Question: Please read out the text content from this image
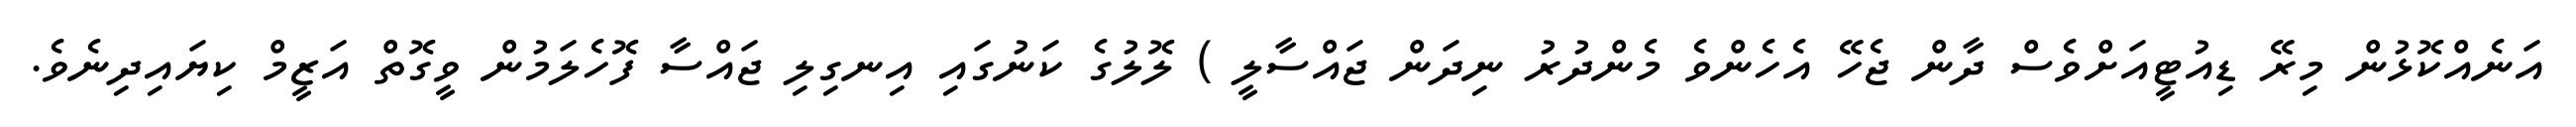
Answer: އަނެއްކޮޅުން މިރޭ ޑިއުޓީއަށްވެސް ދާން ޖެހޭ އެހެންވެ މެންދުރު ނިދަން ޖައްސާލީ ) ލޮލުގެ ކަނުގައި އިނގިލި ޖައްސާ ފޮހެލަމުން ވީގޮތް އަޒީމް ކިޔައިދިނެވެ.